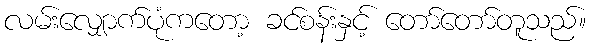
လမ်းလျှောက်ပုံကတော့ ခင်စန်းနှင့် တော်တော်တူသည်။